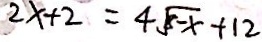
2 x + 2 = 4 \sqrt { 8 - x } + 1 2